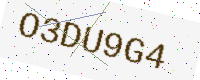
Text: O3DU9G4